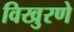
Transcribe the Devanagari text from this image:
विखुरणे